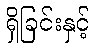
ရှိခြင်းနှင့်